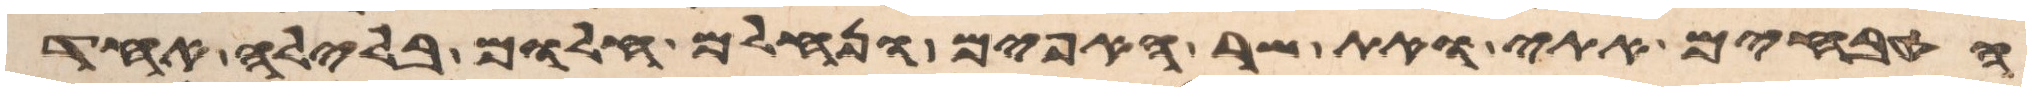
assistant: הטבחים אתי ואת שר האפים ונחלם חלום בלילה אחד